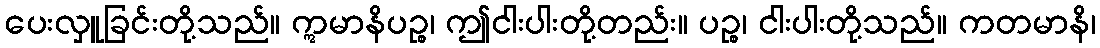
ပေးလှူခြင်းတို့သည်။ ဣမာနိပဉ္စ၊ ဤငါးပါးတို့တည်း။ ပဉ္စ၊ ငါးပါးတို့သည်။ ကတမာနိ၊